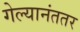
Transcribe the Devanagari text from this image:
गेल्यानंततर